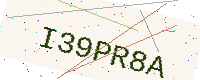
Text: I39PR8A